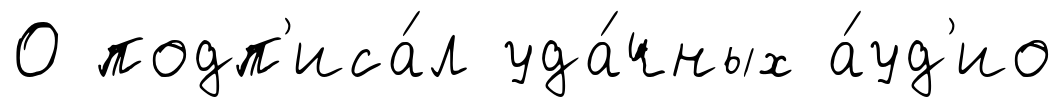
0 подп'иса́л уда́чных а́уд'ио